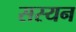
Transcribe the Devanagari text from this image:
सस्यन